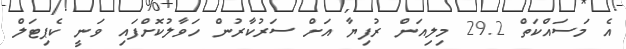
އެ މަސައްކަތް 29.2 މިލިއަން ރުފިޔާ އަށް ސަރުކާރުން ހަވާލުކޮށްފައި ވަނީ ކެޕިޓަލް